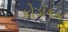
કોડોકમ